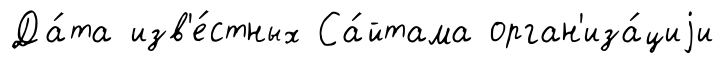
Да́та изв'е́стных Са́йтама орган'иза́циjи